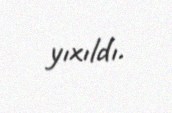
yıxıldı.